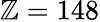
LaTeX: \mathbb{Z}=148